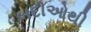
બદીઓથી